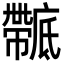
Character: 𢋴